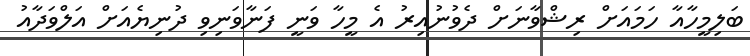
ބަލިމީހާއާ ހަމައަށް ރިޝްވާނަށް ދެވުނުއިރު އެ މީހާ ވަނީ ފަނާވަނިވި ދުނިޔެއަށް އަލްވަދާއު